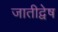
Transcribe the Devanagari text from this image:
जातीद्वेष